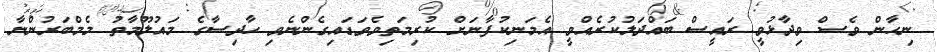
ނިހާން ވެސް ވިދާޅުވީ ރައީސް ބައްދަލުކުރެއްވީ އެމަނިކުފާނަށް ކުރިމަތިވެވަޑައިގެންނެވި ހާދިސާގެ މައުލޫމާތު މެމްބަރުންނާ